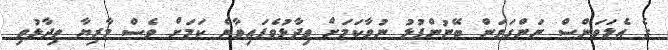
ގެ އެލަވަންސް ނަންގަވަން ބޭނުންފުޅު ނުވާކަމަށް ވިދާޅުވެފައިވާނެ ކަމަށް ވެސް މާރިޔާ ވިދާޅުވި